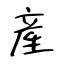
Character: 産